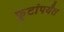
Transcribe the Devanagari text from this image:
फूटांपर्यंत